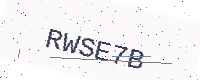
Text: RWSE7B